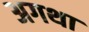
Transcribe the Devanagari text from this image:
अगथा